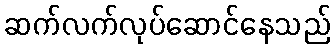
ဆက်လက်လုပ်ဆောင်နေသည်